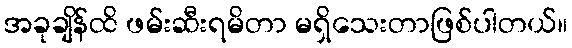
အခုချိန်ထိ ဖမ်းဆီးရမိတာ မရှိသေးတာဖြစ်ပါတယ်။